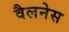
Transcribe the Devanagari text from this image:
वैलनेस